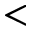
<